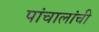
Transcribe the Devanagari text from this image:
पांचालांची